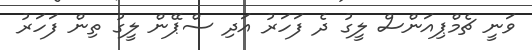
ވަނީ ޗެމްޕިއަންސް ލީގު ދެ ފަހަރު އަދި ސްޕޭން ލީގު ތިން ފަހަރު